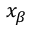
x _ { \beta }